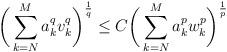
LaTeX: \begin{align*} \bigg(\sum_{k=N}^M a_k^q v_k^q \bigg)^{\frac{1}{q}} \leq C \bigg(\sum_{k=N}^M a_k^p w_k^p \bigg)^{\frac{1}{p}}\end{align*}